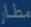
مطار